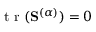
\textrm { t r } ( \mathbf { S } ^ { ( \alpha ) } ) = 0